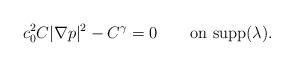
LaTeX: \begin{align*} c_0^2 C|\nabla p|^2 - C^\gamma = 0 \qquad\mbox{on supp}(\lambda).\end{align*}